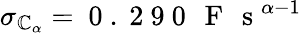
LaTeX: \sigma_{\mathbb{C}_{\alpha}}=\mathrm{{~0~.~2~9~0~\, ~F~\, ~s~}}^{\alpha-1}